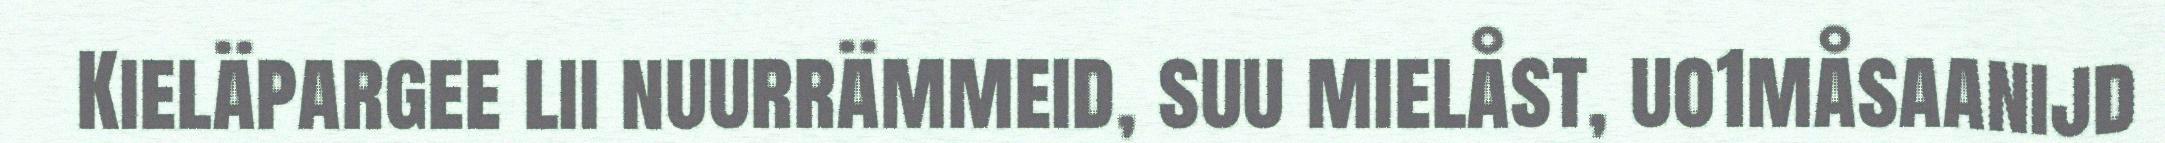
Kieläpargee lii nuurrämmeid, suu mielåst, uo1måsaanijd